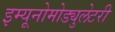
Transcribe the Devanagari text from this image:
इम्यूनोमोड्युलेटरी